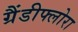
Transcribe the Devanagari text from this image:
ग्रैंडीफ्लोरा